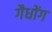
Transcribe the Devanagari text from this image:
गैधोंग